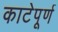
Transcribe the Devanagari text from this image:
काटेपूर्ण